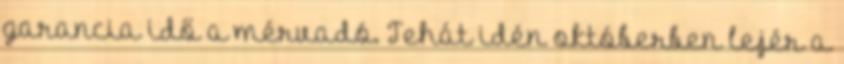
garancia idő a mérvadó. Tehát idén októberben lejér a